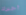
أخبرك